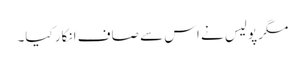
مگر پولیس نے اس سے صاف انکار کیا۔